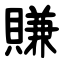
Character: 賺